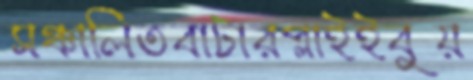
সঞ্চালিতবাটারপ্লাইইবুয়